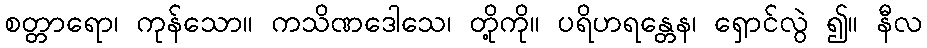
စတ္တာရော၊ ကုန်သော။ ကသိဏဒေါသေ၊ တို့ကို။ ပရိဟရန္တေန၊ ရှောင်လွဲ ၍။ နီလ